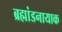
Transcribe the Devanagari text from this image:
ब्रह्मांडनायाक